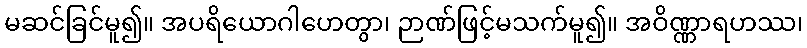
မဆင်ခြင်မူ၍။ အပရိယောဂါဟေတွာ၊ ဉာဏ်ဖြင့်မသက်မူ၍။ အဝိဏ္ဏာရဟဿ၊